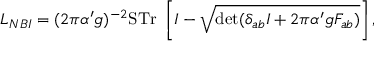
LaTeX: { \cal L } _ { N B I } = ( 2 \pi \alpha ^ { \prime } g ) ^ { - 2 } \mathrm { S T r } ~ \left[ { \cal I } - \sqrt { \operatorname * { d e t } ( \delta _ { a b } { \cal I } + 2 \pi \alpha ^ { \prime } g F _ { a b } ) } \right] ,